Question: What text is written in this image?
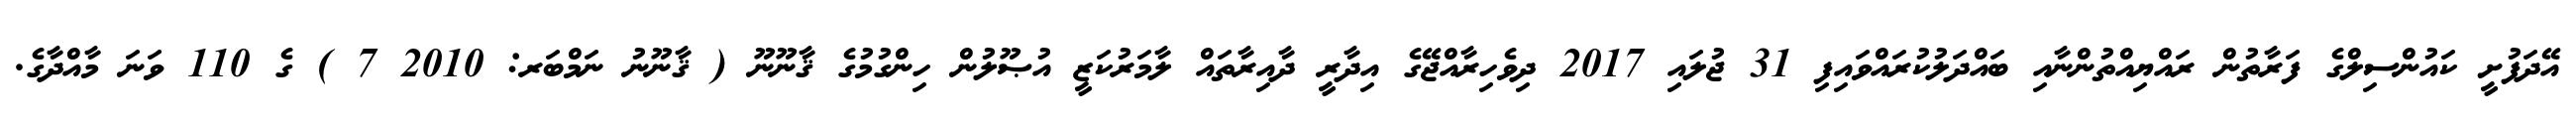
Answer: އޭދަފުށީ ކައުންސިލްގެ ފަރާތުން ރައްޔިއްތުންނާއި ބައްދަލުކުރައްވައިފި 31 ޖުލައި 2017 ދިވެހިރާއްޖޭގެ އިދާރީ ދާއިރާތައް ލާމަރުކަޒީ އުޞޫލުން ހިންގުމުގެ ޤާނޫނޫ ( ޤާނޫނު ނަމްބަރ: 2010 7 ) ގެ 110 ވަނަ މާއްދާގެ.